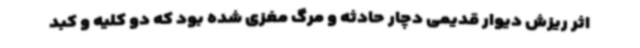
اثر ریزش دیوار قدیمی دچار حادثه و مرگ مغزی شده بود که دو کلیه و کبد